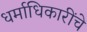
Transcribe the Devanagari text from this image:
धर्माधिकारींचे